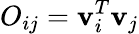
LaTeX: O_{ij}={\mathbf v}_{i}^{T}{\mathbf v}_{j}